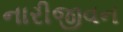
નારીજીવન